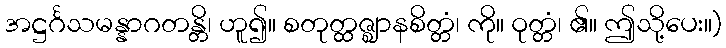
အဋ္ဌင်္ဂသမန္နာဂတန္တိ၊ ဟူ၍။ စတုတ္ထဇ္ဈာနစိတ္တံ၊ ကို။ ဝုတ္တံ၊ ၏။ ဤသို့ပေး။)